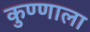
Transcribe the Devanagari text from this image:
कुण्णाला